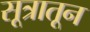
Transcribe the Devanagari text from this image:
सूत्रातून